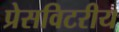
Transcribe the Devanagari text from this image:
प्रेसविटरीय